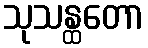
သုသန္ထတော